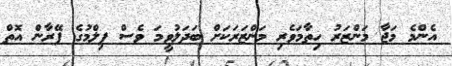
އެންމެ މަޖާ މަންޒަރު ހިތާމަވެރި މަންޒަރަކަށް ބަދަލުވީމަ ވެސް ފިލްމުގެ ފޭރާން އޮތް